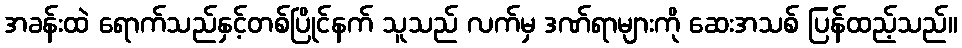
အခန်းထဲ ရောက်သည်နှင့်တစ်ပြိုင်နက် သူသည် လက်မှ ဒဏ်ရာများကို ဆေးအသစ် ပြန်ထည့်သည်။